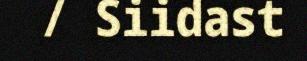
/ Siidast